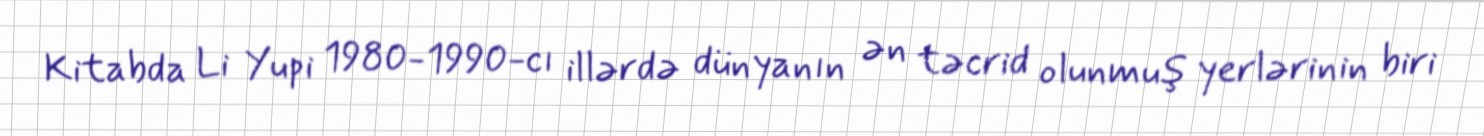
Kitabda Li Yupi 1980-1990-cı illərdə dünyanın ən təcrid olunmuş yerlərinin biri